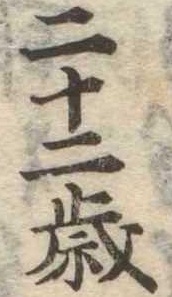
二十二歳